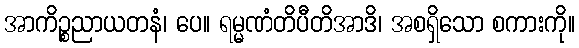
အာကိဉ္စညာယတနံ၊ ပေ။ ရမ္မဏံတိပီတိအာဒိ၊ အစရှိသော စကားကို။